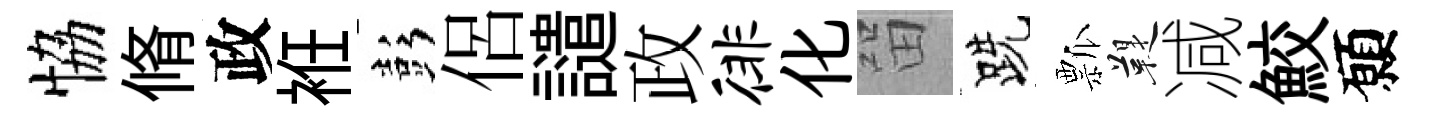
恊脩政袵彭侶譴政徘化㽞跣瓢鞮减鮫願